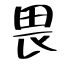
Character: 畏